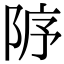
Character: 𨹘